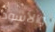
والأسود